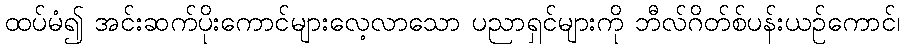
ထပ်မံ၍ အင်းဆက်ပိုးကောင်များလေ့လာသော ပညာရှင်များကို ဘီလ်ဂိတ်စ်ပန်းယဉ်ကောင်၊